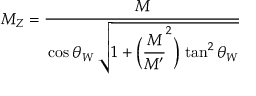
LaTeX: M _ { Z } = \frac { \strut \displaystyle M } { \strut \displaystyle \cos \theta _ { W } \, \sqrt { 1 + \Bigl ( \frac { \strut \displaystyle M } { \strut \displaystyle M ^ { \prime } } ^ { 2 } \Bigr ) \, \tan ^ { 2 } \theta _ { W } } }